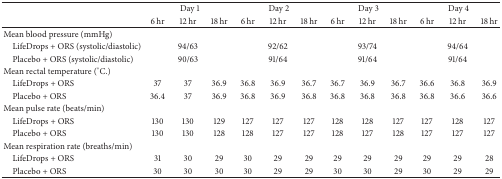
<table><thead><tr><td><b> </b></td><td colspan="3"><b>Day 1</b></td><td colspan="3"><b>Day 2</b></td><td colspan="3"><b>Day 3</b></td><td colspan="3"><b>Day 4</b></td></tr><tr><td><b> </b></td><td><b>6 hr </b></td><td><b>12 hr </b></td><td><b>18 hr</b></td><td><b>6 hr </b></td><td><b>12 hr </b></td><td><b>18 hr</b></td><td><b>6 hr </b></td><td><b>12 hr </b></td><td><b>18 hr </b></td><td><b>6 hr </b></td><td><b>12 hr </b></td><td><b>18 hr </b></td></tr></thead><tbody><tr><td>Mean blood pressure (mmHg)</td><td> </td><td> </td><td> </td><td> </td><td> </td><td> </td><td> </td><td> </td><td> </td><td> </td><td> </td><td> </td></tr><tr><td> LifeDrops + ORS (systolic/diastolic)</td><td> </td><td>94/63</td><td> </td><td> </td><td>92/62</td><td> </td><td> </td><td>93/74</td><td> </td><td> </td><td>94/64</td><td> </td></tr><tr><td> Placebo + ORS (systolic/diastolic)</td><td> </td><td>90/63</td><td> </td><td> </td><td>91/64</td><td> </td><td> </td><td>91/64</td><td> </td><td> </td><td>91/64</td><td> </td></tr><tr><td>Mean rectal temperature (°C.)</td><td> </td><td> </td><td> </td><td> </td><td> </td><td> </td><td> </td><td> </td><td> </td><td> </td><td> </td><td> </td></tr><tr><td> LifeDrops + ORS</td><td>37</td><td>37</td><td>36.9</td><td>36.8</td><td>36.9</td><td>36.7</td><td>36.7</td><td>36.9</td><td>36.7</td><td>36.6</td><td>36.8</td><td>36.9</td></tr><tr><td> Placebo + ORS</td><td>36.4</td><td>37</td><td>36.9</td><td>36.8</td><td>36.9</td><td>36.8</td><td>36.8</td><td>36.8</td><td>36.8</td><td>36.8</td><td>36.6</td><td>36.6</td></tr><tr><td>Mean pulse rate (beats/min)</td><td> </td><td> </td><td> </td><td> </td><td> </td><td> </td><td> </td><td> </td><td> </td><td> </td><td> </td><td> </td></tr><tr><td> LifeDrops + ORS</td><td>130</td><td>130</td><td>129</td><td>127</td><td>127</td><td>127</td><td>128</td><td>128</td><td>127</td><td>127</td><td>128</td><td>127</td></tr><tr><td> Placebo + ORS</td><td>130</td><td>130</td><td>128</td><td>128</td><td>127</td><td>127</td><td>128</td><td>127</td><td>128</td><td>127</td><td>127</td><td>127</td></tr><tr><td>Mean respiration rate (breaths/min)</td><td> </td><td> </td><td> </td><td> </td><td> </td><td> </td><td> </td><td> </td><td> </td><td> </td><td> </td><td> </td></tr><tr><td> LifeDrops + ORS</td><td>31</td><td>30</td><td>29</td><td>30</td><td>29</td><td>29</td><td>29</td><td>29</td><td>29</td><td>29</td><td>29</td><td>28</td></tr><tr><td> Placebo + ORS</td><td>30</td><td>30</td><td>30</td><td>30</td><td>29</td><td>29</td><td>30</td><td>30</td><td>29</td><td>30</td><td>29</td><td>29</td></tr></tbody></table>